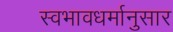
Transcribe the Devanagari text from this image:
स्वभावधर्मानुसार